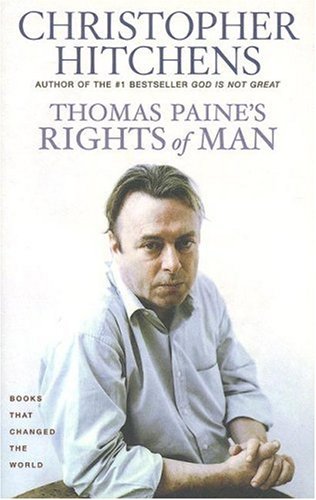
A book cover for Thomas Paine's Rights of Man: A Biography (Books That Changed the World); Christopher Hitchens; Biographies & Memoirs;